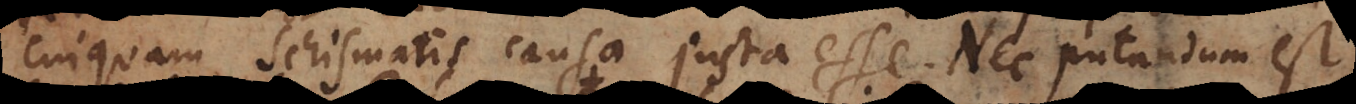
cuiquam schismatis causa justa esse. Nec putandum est